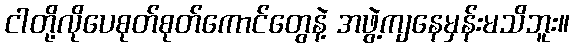
ငါတို့လိုပေစုတ်စုတ်ကောင်တွေနဲ့ အဖွဲ့ကျနေမှန်းမသိဘူး။